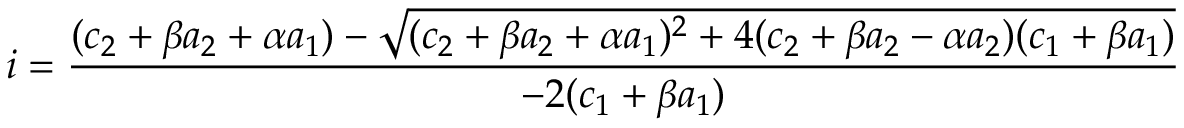
i = \frac { ( c _ { 2 } + \beta a _ { 2 } + \alpha a _ { 1 } ) - \sqrt { ( c _ { 2 } + \beta a _ { 2 } + \alpha a _ { 1 } ) ^ { 2 } + 4 ( c _ { 2 } + \beta a _ { 2 } - \alpha a _ { 2 } ) ( c _ { 1 } + \beta a _ { 1 } ) } } { - 2 ( c _ { 1 } + \beta a _ { 1 } ) }